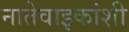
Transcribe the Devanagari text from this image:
नातेवाइकांशी